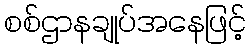
စစ်ဌာနချုပ်အနေဖြင့်